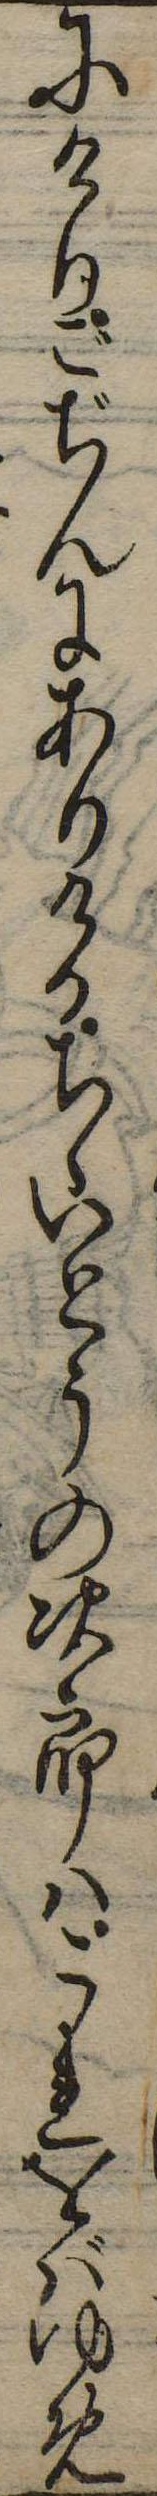
にけりごぢんにありけるちゝいとうの次郎はこれをがゆめ